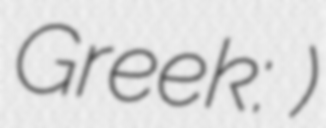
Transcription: Greek: Πηγαί)